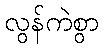
လွန်ကဲစွာ